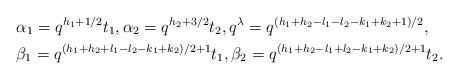
LaTeX: \begin{align*}&\alpha_1=q^{h_1+1/2}t_1, \alpha_2=q^{h_2+3/2}t_2, q^{\lambda}=q^{(h_1+h_2-l_1-l_2-k_1+k_2+1)/2},\\&\beta_1=q^{(h_1+h_2+l_1-l_2-k_1+k_2)/2+1}t_1, \beta_2=q^{(h_1+h_2-l_1+l_2-k_1+k_2)/2+1}t_2.\end{align*}